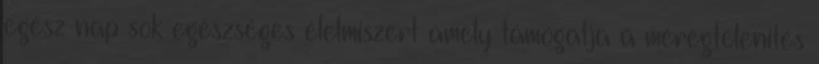
egész nap sok egészséges élelmiszert amely támogatja a méregtelenítés